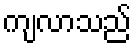
ကျလာသည်